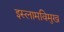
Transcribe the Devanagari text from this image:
इस्लामविमुख